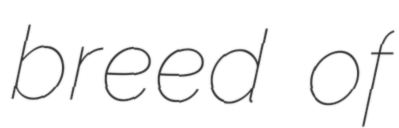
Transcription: breed of